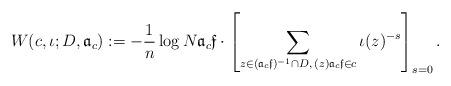
LaTeX: \begin{align*} W(c,\iota;D,{\mathfrak a}_c):=-\frac{1}{n}\log N{\mathfrak a}_c \mathfrak f \cdot \left[\sum_{z \in ({\mathfrak a}_c \mathfrak f)^{-1}\cap D,\, (z){\mathfrak a}_c \mathfrak f \in c }\iota(z)^{-s} \right]_{s=0}.\end{align*}